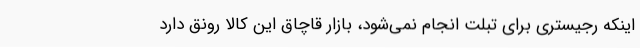
اینکه رجیستری برای تبلت انجام نمی‌شود، بازار قاچاق این کالا رونق دارد